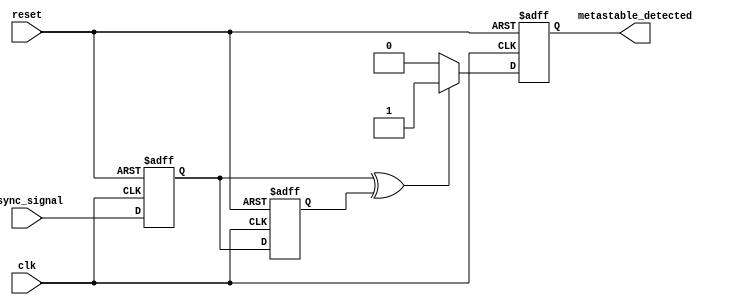
module metastability_detector (
    input wire clk,          // Clock signal
    input wire reset,        // Reset signal
    input wire async_signal, // Asynchronous input signal
    output reg metastable_detected // Output indicating metastable condition
);

    // Latch outputs
    reg latch1, latch2;

    // Memory block to store states (for demonstration, using a simple register array)
    reg [1:0] memory_block [0:3]; // Example memory block to hold states
    integer mem_index = 0; // Memory index for storing states

    // Detect metastability
    always @(posedge clk or posedge reset) begin
        if (reset) begin
            latch1 <= 1'b0;
            latch2 <= 1'b0;
            metastable_detected <= 1'b0;
            mem_index <= 0;
        end else begin
            // Sample input signal into latches
            latch1 <= async_signal;         // First latch captures async signal
            latch2 <= latch1;               // Second latch captures output of first latch

            // Store the output states in memory block
            memory_block[mem_index] <= {latch1, latch2};
            mem_index <= (mem_index + 1) % 4; // Loop through memory indices
            
            // Check for metastable condition
            if (latch1 ^ latch2) begin // If latch1 and latch2 are different, it indicates a potential metastable condition
                metastable_detected <= 1'b1; // Metastability detected
            end else begin
                metastable_detected <= 1'b0; // No metastability
            end
        end
    end

endmodule